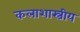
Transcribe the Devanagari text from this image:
कलाशास्त्रीय